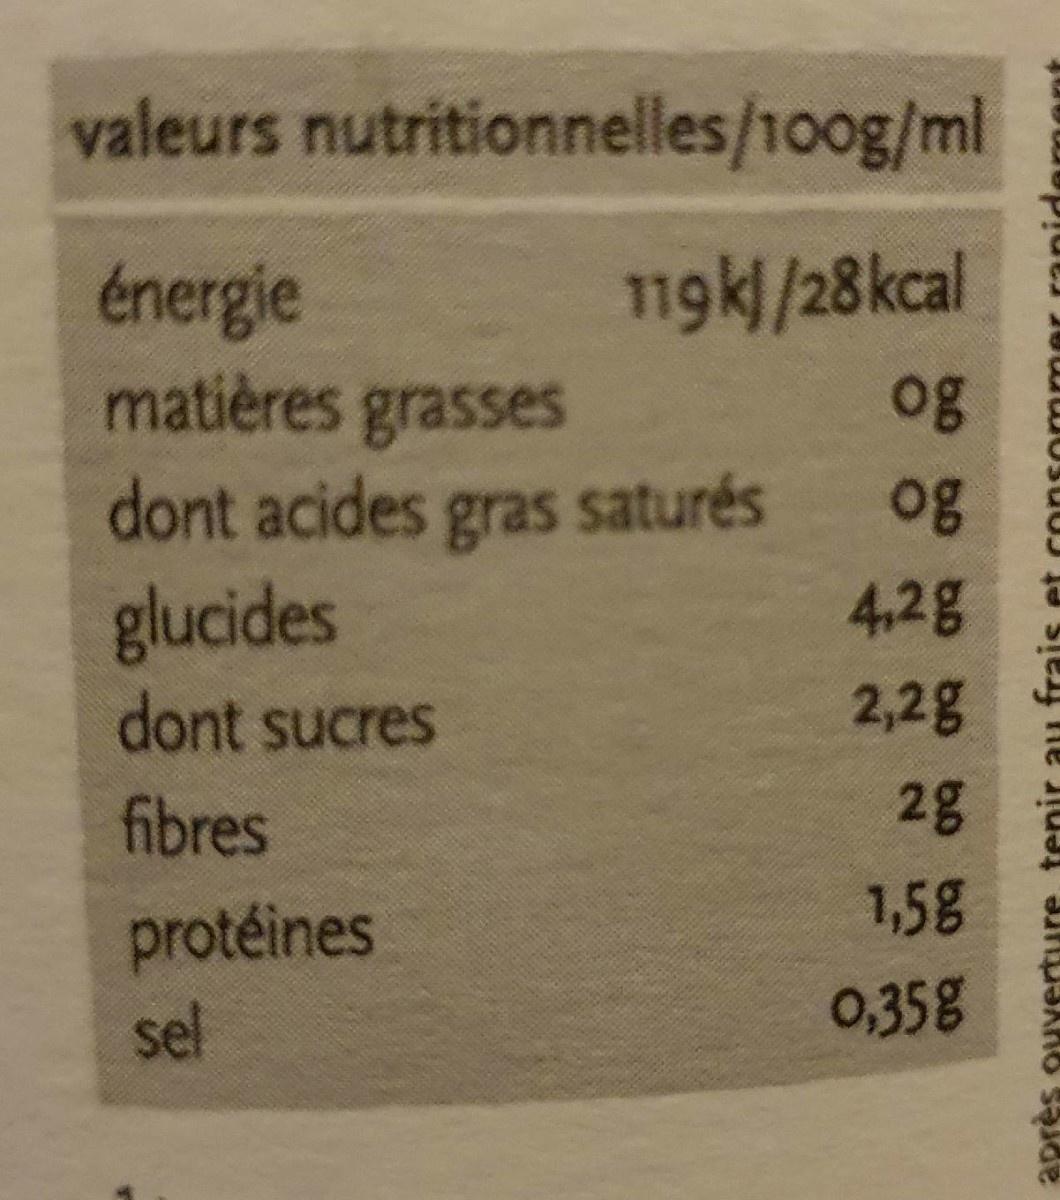
valeurs nutritionnelles/100g/ml
119k|/28kcal
énergie matières grasses
og
dont acides gras saturés og glucides dont sucres
4,2g
2,2g
fibres
2g
1,5g
protéines sel
0,35g
après ouverture, tenir au frais et consommer